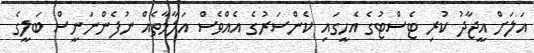
އަލަށް އީޖާދު ކުރި ޓެސްޓުގެ އެހީގައި ކެންސަރުގެ އެއްވެސް އަލާމާތެއް ނުފެންނަނީސް ބަލީގެ